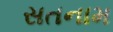
સતનામ